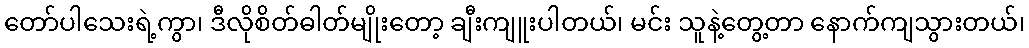
တော်ပါသေးရဲ့ကွာ၊ ဒီလိုစိတ်ဓါတ်မျိုးတော့ ချီးကျူးပါတယ်၊ မင်း သူနဲ့တွေ့တာ နောက်ကျသွားတယ်၊